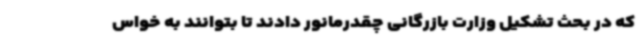
که در بحث تشکیل وزارت بازرگانی چقدرمانور دادند تا بتوانند به خواس